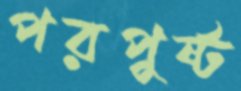
পরপুষ্ট